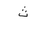
Letter: _tha